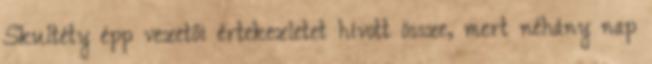
Skultéty épp vezetői értekezletet hívott össze, mert néhány nap